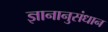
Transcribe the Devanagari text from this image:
ज्ञानानुसंधान